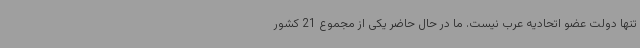
تنها دولت عضو اتحادیه عرب نیست. ما در حال حاضر یکی از مجموع 21 کشور